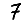
Digit: 7